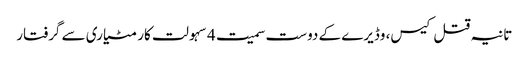
تانیہ قتل کیس، وڈیرے کے دوست سمیت 4 سہولت کار مٹیاری سے گرفتار